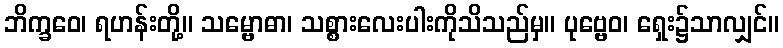
ဘိက္ခဝေ၊ ရဟန်းတို့။ သမ္ဗောဓာ၊ သစ္စားလေးပါးကိုသိသည်မှ။ ပုဗ္ဗေဝ၊ ရှေး၌သာလျှင်။